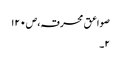
صواعق محرقہ،ص۱۲۰
۲۔